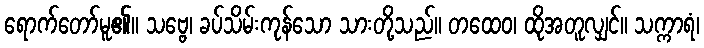
ရောက်တော်မူ၏။ သဗ္ဗေ၊ ခပ်သိမ်းကုန်သော သားတို့သည်။ တထေဝ၊ ထိုအတူလျှင်။ သက္ကာရံ၊